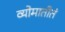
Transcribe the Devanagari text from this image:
व्योमातीतं